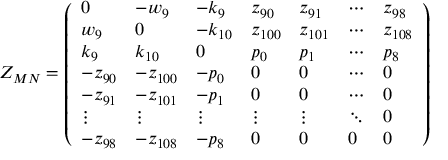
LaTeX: Z _ { M N } = \left( \begin{array} { l l l l l l l } { { 0 } } & { { - w _ { 9 } } } & { { - k _ { 9 } } } & { { z _ { 9 0 } } } & { { z _ { 9 1 } } } & { { \cdots } } & { { z _ { 9 8 } } } \\ { { w _ { 9 } } } & { { 0 } } & { { - k _ { 1 0 } } } & { { z _ { 1 0 0 } } } & { { z _ { 1 0 1 } } } & { { \cdots } } & { { z _ { 1 0 8 } } } \\ { { k _ { 9 } } } & { { k _ { 1 0 } } } & { { 0 } } & { { p _ { 0 } } } & { { p _ { 1 } } } & { { \cdots } } & { { p _ { 8 } } } \\ { { - z _ { 9 0 } } } & { { - z _ { 1 0 0 } } } & { { - p _ { 0 } } } & { { 0 } } & { { 0 } } & { { \cdots } } & { { 0 } } \\ { { - z _ { 9 1 } } } & { { - z _ { 1 0 1 } } } & { { - p _ { 1 } } } & { { 0 } } & { { 0 } } & { { \cdots } } & { { 0 } } \\ { { \vdots } } & { { \vdots } } & { { \vdots } } & { { \vdots } } & { { \vdots } } & { { \ddots } } & { { 0 } } \\ { { - z _ { 9 8 } } } & { { - z _ { 1 0 8 } } } & { { - p _ { 8 } } } & { { 0 } } & { { 0 } } & { { 0 } } & { { 0 } } \end{array} \right)